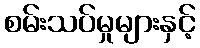
စမ်းသပ်မှုများနှင့်